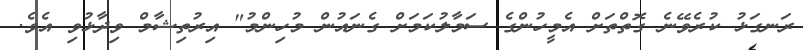
ރަނގަޅު ކުރެވޭނެ ގޮތްތަށް އެމީހުންގެ ސަމާލުކަމަށް ގެނައުން މުހިންމު" އިރުތިޝާމް ވިދާޅުވި އެވެ.